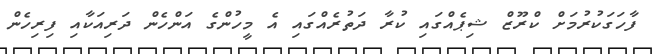
ފާހަގަކުރުމަށް ކްރޫޒް ޝިޕެއްގައި ކުރާ ދަތުރެއްްގައި އެ މީހުންގެ އަންހެން ދަރިއަކާއި ފިރިހެން